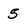
Character: 5